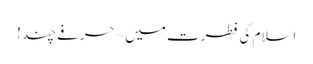
اسلام کی فطرت میں ~ حرفے چند !